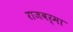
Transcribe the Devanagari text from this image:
राजवर्मा